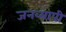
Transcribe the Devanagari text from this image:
जनव्यापी